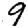
Digit: 9